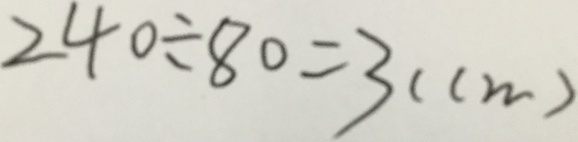
2 4 0 \div 8 0 = 3 ( c m )